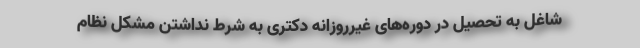
شاغل به تحصیل در دوره‌های غیرروزانه دکتری به شرط نداشتن مشکل نظام